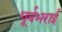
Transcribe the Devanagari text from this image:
पूर्वभराई